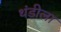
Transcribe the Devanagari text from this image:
थंडीला